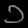
Digit: ၁